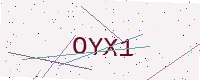
Text: OYX1